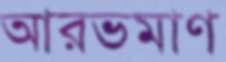
আরভমাণ